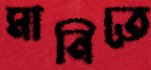
মানিতে